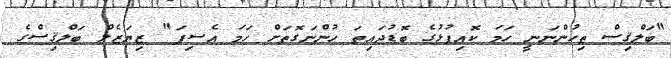
"ބަލްޤިސް ތިހުންނަނީ ހަމަ ކޮއިފުޅުގެ ބޮޑުދައިތަ ހުންނަގޮތަށް ހަމަ އެސިފަ" ޒިޔަޒެލް ބަލްޤިސްގެ